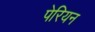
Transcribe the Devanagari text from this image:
पेरियन